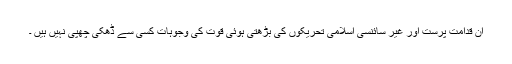
ان قدامت پرست اور غیر سائنسی اسلامی تحریکوں کی بڑھتی ہوئی قوت کی وجوہات کسی سے ڈھکی چھپی نہیں ہیں ۔